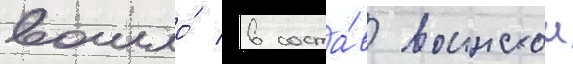
вошло́ в соста́в воинскои